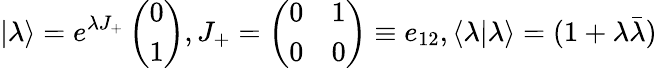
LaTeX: \vert\lambda\rangle={e^{\lambda{J_{+}}}}\left(\begin{array}{l}{{0}}\\ {{1}}\end{array}\right),{J_{+}}=\left(\begin{array}{ll}{{0}}&{{1}}\\ {{0}}&{{0}}\end{array}\right)\equiv{e_{12}},\langle\lambda\vert\lambda\rangle=(1+{\lambda}{\bar{\lambda}})